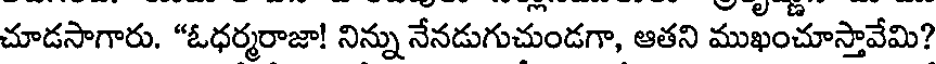
చూడసాగారు. "ఓధర్మరాజా! నిన్ను నేనడుగుచుండగా, ఆతని ముఖంచూస్తావేమి?